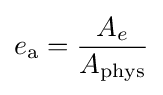
e_{\text{a}}={\frac {A_{e}}{A_{\text{phys}}}}